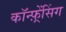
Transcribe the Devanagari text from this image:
कॉन्फ़्रेंसिंग